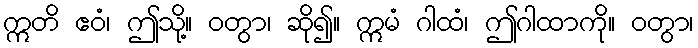
ဣတိ ဧဝံ၊ ဤသို့။ ဝတွာ၊ ဆို၍။ ဣမံ ဂါထံ၊ ဤဂါထာကို။ ဝတွာ၊